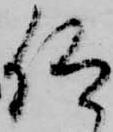
仰